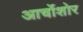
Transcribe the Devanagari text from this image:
आर्चोशोर